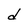
Character: d